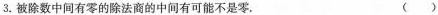
3.被除数中间有零的除法商的中间有可能不是零。 ( )